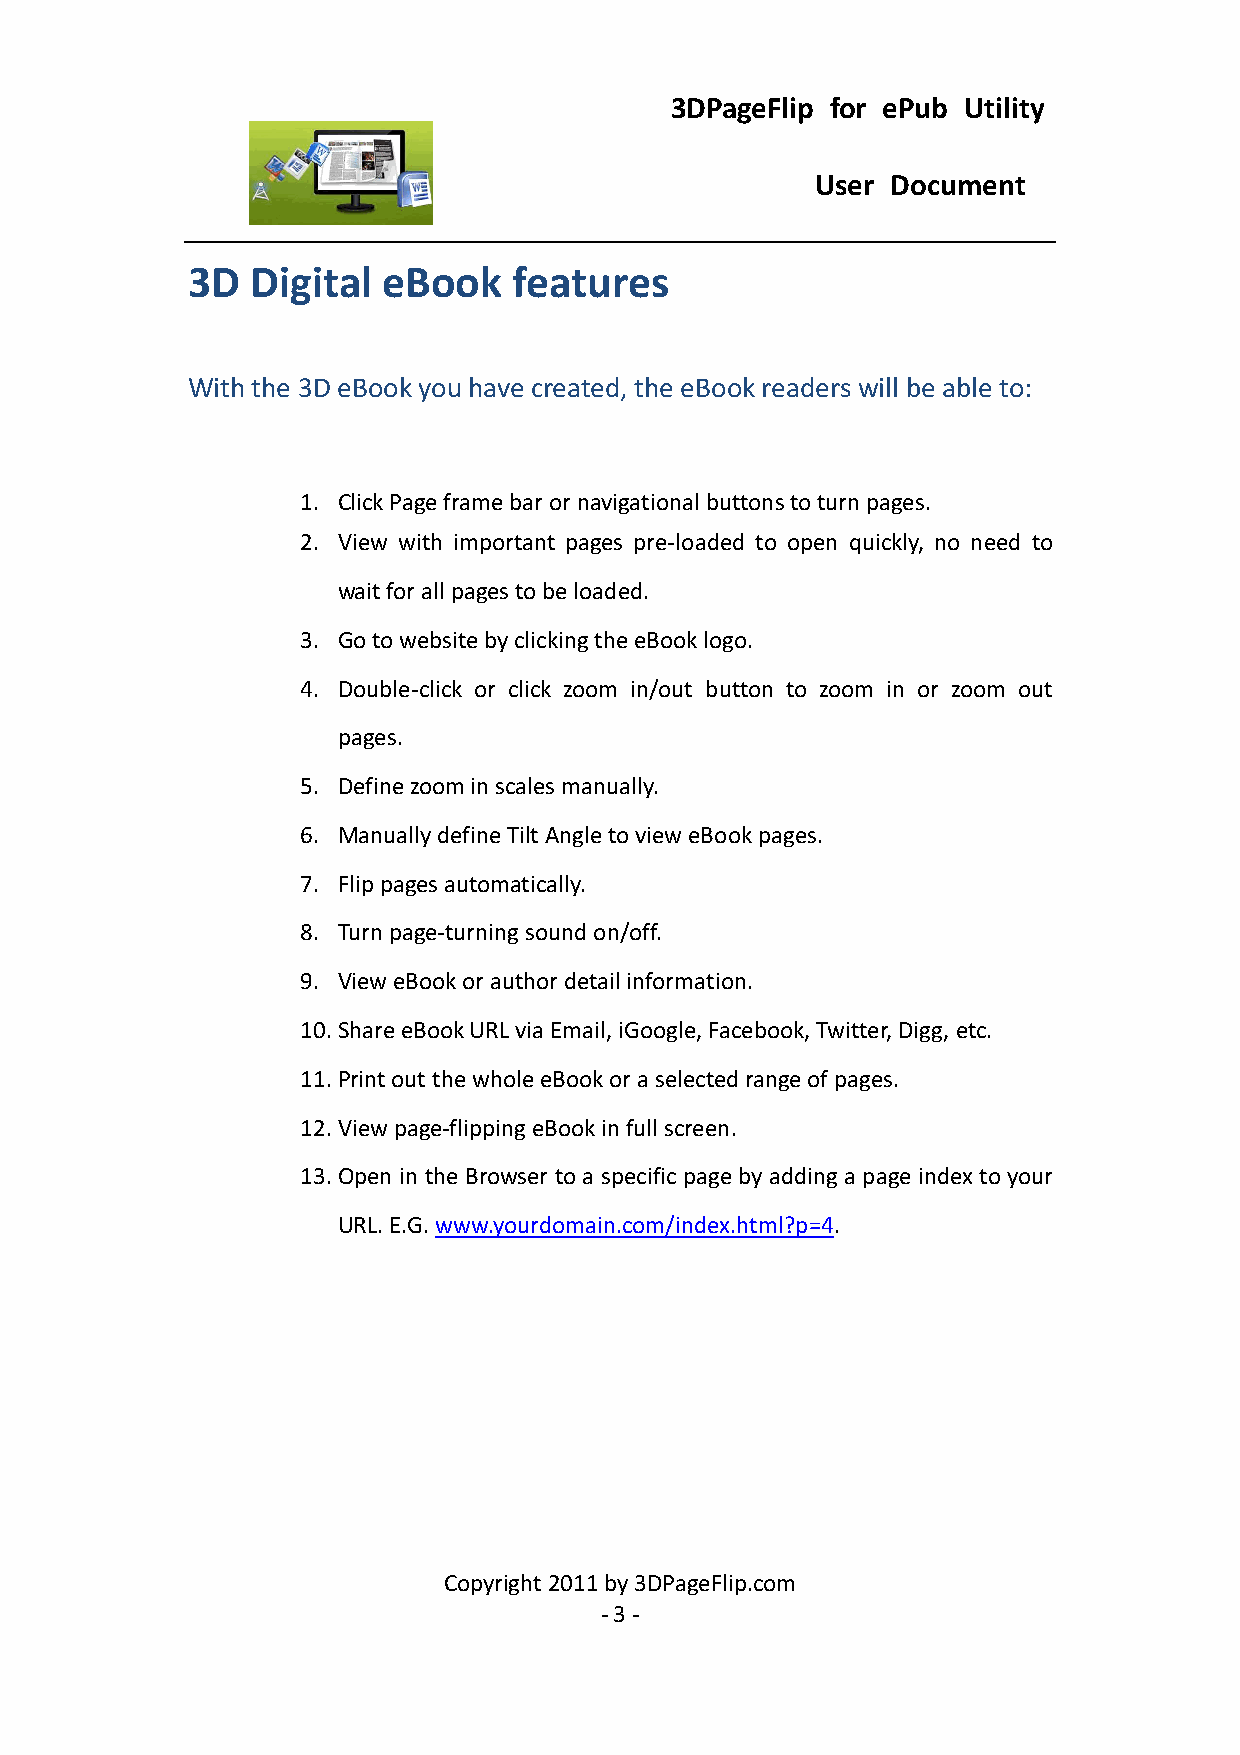
3DPageFlip for ePub Utility
 User Document
 3D   Digital eBook    features
 With the 3D eBook you have created, the eBook readers will be able to:
 1. Click Page frame bar or navigational buttons to turn pages.
 2. View with important pages pre-loaded to open quickly, no need to
 wait for all pages to be loaded.
 3. Go to website by clicking the eBook logo.
 4. Double-click or click zoom in/out button to zoom in or zoom out
 pages.
 5. Define zoom in scales manually.
 6. Manually define Tilt Angle to view eBook pages.
 7. Flip pages automatically.
 8. Turn page-turning sound on/off.
 9. View eBook or author detail information.
 10. Share eBook URL via Email, iGoogle, Facebook, Twitter, Digg, etc.
 11. Print out the whole eBook or a selected range of pages.
 12. View page-flipping eBook in full screen.
 13. Open in the Browser to a specific page by adding a page index to your
 URL. E.G. www.yourdomain.com/index.html?p=4.
 Copyright 2011 by 3DPageFlip.com
 - 3 -